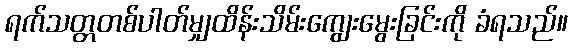
ရက်သတ္တတစ်ပါတ်မျှထိန်းသိမ်းကျွေးမွေးခြင်းကို ခံရသည်။